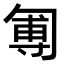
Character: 𠣵